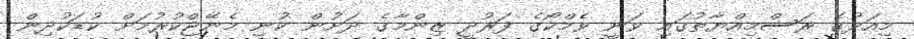
މިއަދުގެ ރަސްމިއްޔާތުގައި ވަނީ ވެމްކޯގެ ފަރުދީ ޒިންމާގެ ދަށުން ކުނި މެނޭޖްކުރުމަށް ކުޑަކުދިން